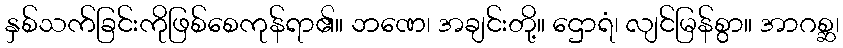
နှစ်သက်ခြင်းကိုဖြစ်စေကုန်ရာ၏။ ဘဏေ၊ အချင်းတို့။ ဌောရံ၊ လျင်မြန်စွာ။ အာဂစ္ဆ၊